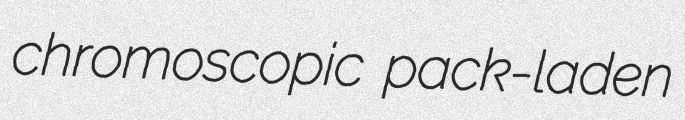
chromoscopic pack-laden